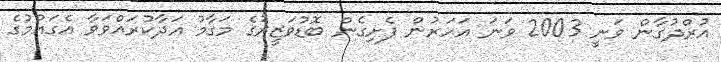
އުރްދުގާން ވަނީ 2003 ވަނަ އަހަރުން ފެށިގެން ބޮޑުވަޒީރުގެ މަގާމު އަދާކުރައްވަވާ އެގައުމުގެ